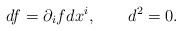
\begin{align*}df = \partial_i f dx^i, \qquad d^2 = 0. \end{align*}